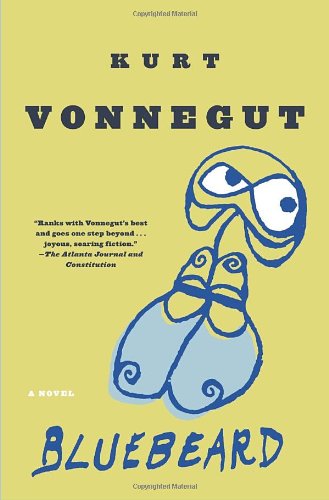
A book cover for Bluebeard: A Novel (Delta Fiction); Kurt Vonnegut; Literature & Fiction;